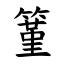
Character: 䈽